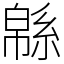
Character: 緜